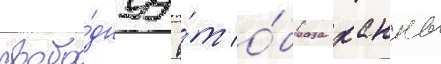
свобо́днуу о́т о́браза ханны